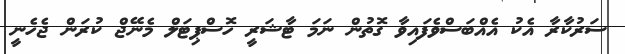
ސަރުކާރާ އެކު އެއްބަސްވެފައިވާ ގޮތުން ނަމަ ޓާޝަރީ ހޮސްޕިޓަލް މެނޭޖް ކުރަން ޖެހެނީ